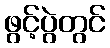
ဖွင့်ပွဲတွင်